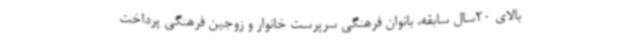
بالای 20سال سابقه، بانوان فرهنگی سرپرست خانوار و زوجین فرهنگی پرداخت